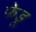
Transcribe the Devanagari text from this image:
फेडू